Report on plague in the Punjab from October 1st ... to September 30th ..., being the ... season of plague in the province
Disease focus: Plague
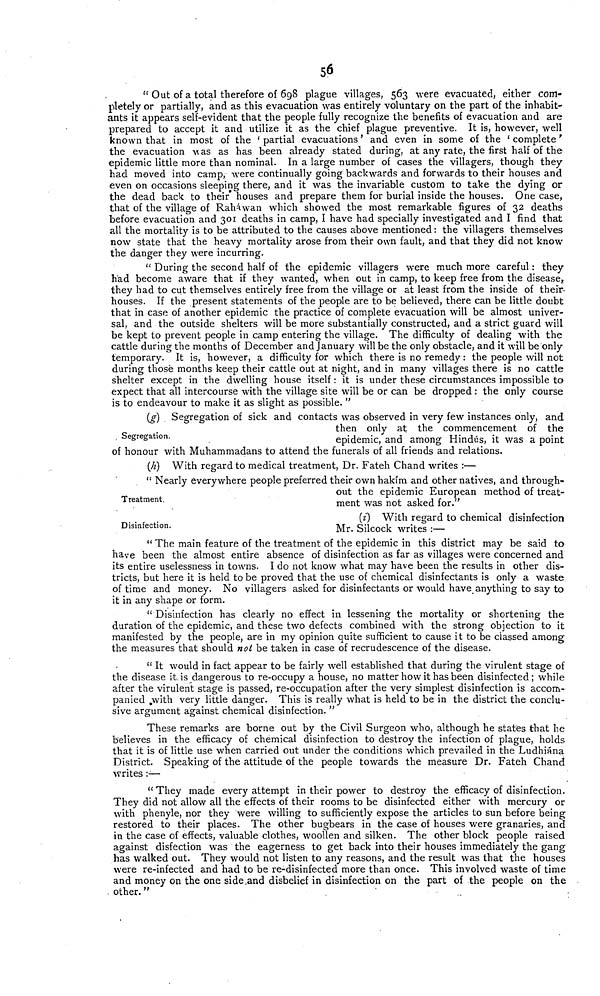
56
" Out of a total therefore of 698 plague villages, 563 were evacuated, either com-
pletely or partially, and as this evacuation was entirely voluntary on the part of the inhabit-
ants it appears self-evident that the people fully recognize the benefits of evacuation and are
prepared to accept it and utilize it as the chief plague preventive. It is, however, well
known that in most of the ' partial evacuations ' and even in some of the 'complete '
the evacuation was as has been already stated during, at any rate, the first half of the
epidemic little more than nominal. In a large number of cases the villagers, though they
had moved into camp, were continually going backwards and forwards to their houses and
even on occasions sleeping there, and it was the invariable custom to take the dying or
the dead back to their* houses and prepare them for burial inside the houses. One case,
that of the village of Raháwan which showed the most remarkable figures of 32 deaths
before evacuation and 301 deaths in camp, I have had specially investigated and I find that
all the mortality is to be attributed to the causes above mentioned : the villagers themselves
now state that the heavy mortality arose from their own fault, and that they did not know
the danger they were incurring.
" During the second half of the epidemic villagers were much more careful : they
had become aware that if they wanted, when out in camp, to keep free from the disease,
they had to cut themselves entirely free from the village or at least from the inside of their-
houses. If the present statements of the people are to be believed, there can be little doubt
that in case of another epidemic the practice of complete evacuation will be almost univer-
sal, and the outside shelters will be more substantially constructed, and a strict guard will
be kept to prevent people in camp entering the village. The difficulty of dealing with the
cattle during the months of December and January will be the only obstacle, and it will be only
temporary. It is, however, a difficulty for which there is no remedy : the people will not
during those months keep their cattle out at night, and in many villages there is no cattle
shelter except in the dwelling house itself : it is under these circumstances impossible to
expect that all intercourse with the village site will be or can be dropped : the only course
is to endeavour to make it as slight as possible. "
Segregation.
(g) Segregation of sick and contacts was observed in very few instances only, and
then only at the commencement of the
epidemic, and among Hindús, it was a point
of honour with Muhammadans to attend the funerals of all friends and relations.
Treatment.
(h) With regard to medical treatment, Dr. Fateh Chand writes :—
Nearly everywhere people preferred their own hakim and other natives, and through-
out the epidemic European method of treat-
ment was not asked for."
Disinfection.
(i) With regard to chemical disinfection
Mr. Silcock writes :—
" The main feature of the treatment of the epidemic in this district may be said to
have been the almost entire absence of disinfection as far as villages were concerned and
its entire uselessness in towns. I do not know what may have been the results in other dis-
tricts, but here it is held to be proved that the use of chemical disinfectants is only a waste
of time and money. No villagers asked for disinfectants or would have anything to say to
it in any shape or form.
" Disinfection has clearly no effect in lessening the mortality or shortening the
duration of the epidemic, and these two defects combined with the strong objection to it
manifested by the people, are in my opinion quite sufficient to cause it to be classed among
the measures that should not be taken in case of recrudescence of the disease.
" It would in fact appear to be fairly well established that during the virulent stage of
the disease it is dangerous to re-occupy a house, no matter how it has been disinfected ; while
after the virulent stage is passed, re-occupation after the very simplest disinfection is accom-
panied with very little danger. This is really what is held to be in the district the conclu-
sive argument against chemical disinfection. "
These remarks are borne out by the Civil Surgeon who, although he states that he
believes in the efficacy of chemical disinfection to destroy the infection of plague, holds
that it is of little use when carried out under the conditions which prevailed in the Ludhiána
District. Speaking of the attitude of the people towards the measure Dr. Fateh Chand
writes :—
" They made every attempt in their power to destroy the efficacy of disinfection.
They did not allow all the effects of their rooms to be disinfected either with mercury or
with phenyle, nor they were willing to sufficiently expose the articles to sun before being
restored to their places. The other bugbears in the case of houses were granaries, and
in the case of effects, valuable clothes, woollen and silken. The other block people raised
against disfection was the eagerness to get back into their houses immediately the gang
has walked out. They would not listen to any reasons, and the result was that the houses
were re-infected and had to be re-disinfected more than once. This involved waste of time
and money on the one side .and disbelief in disinfection on the part of the people on the
other."
.
-